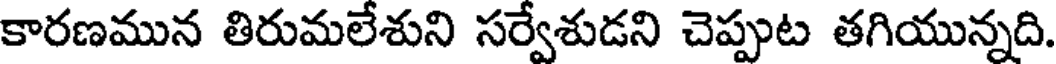
కారణమున తిరుమలేశుని సర్వేశుడని చెప్పుట తగియున్నది.